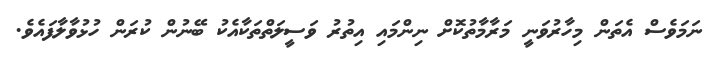
ނަމަވެސް އެތަން މިހާރުވަނީ މަރާމާތުކޮށް ނިންމައި އިތުރު ވަސީލަތްތަކާއެކު ބޭނުން ކުރަން ހުޅުވާލާފައެވެ.